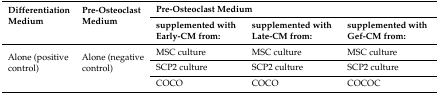
<table><thead><tr><td rowspan="2"><b>Differentiation Medium</b></td><td rowspan="2"><b>Pre-Osteoclast Medium</b></td><td colspan="3"><b>Pre-Osteoclast Medium</b></td></tr><tr><td><b>supplemented with Early-CM from:</b></td><td><b>supplemented with Late-CM from:</b></td><td><b>supplemented with Gef-CM from:</b></td></tr></thead><tbody><tr><td rowspan="3">Alone (positive control)</td><td rowspan="3">Alone (negative control)</td><td>MSC culture</td><td>MSC culture</td><td>MSC culture</td></tr><tr><td>SCP2 culture</td><td>SCP2 culture</td><td>SCP2 culture</td></tr><tr><td>COCO</td><td>COCO</td><td>COCOC</td></tr></tbody></table>